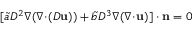
[ \tilde { a } D ^ { 2 } \nabla ( \nabla \! \cdot \! ( D \mathbf { u } ) ) + \tilde { b } D ^ { 3 } \nabla ( \nabla \! \cdot \! \mathbf { u } ) ] \cdot \mathbf { n } = 0